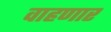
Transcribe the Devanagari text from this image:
वाहणार